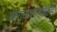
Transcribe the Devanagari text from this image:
नारायणगडाकडे